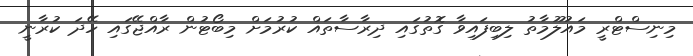
މިނިސްޓްރީ މައުލޫމާތު ލިބިފައިވާ ގޮތުގައި ދިރާސާތައް ކުރުމަށް މިބޯޓުން ރާއްޖޭގައި ހޭދަ ކުރާނީ